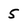
Character: 5